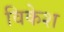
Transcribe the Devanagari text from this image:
विकेश